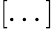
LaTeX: [...]